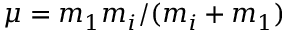
\mu = m _ { 1 } m _ { i } / ( m _ { i } + m _ { 1 } )